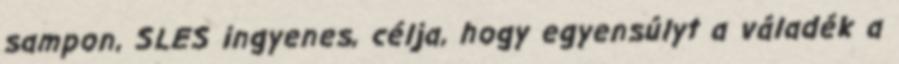
sampon, SLES ingyenes, célja, hogy egyensúlyt a váladék a